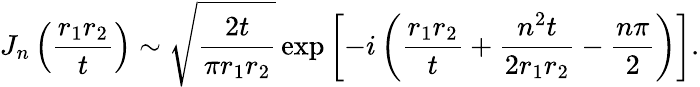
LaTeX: J_{n}\left(\frac{r_{1}r_{2}}{t}\right)\sim\sqrt{\frac{2t}{\pi r_{1}r_{2}}}\exp\left[-i\left(\frac{r_{1}r_{2}}{t}+\frac{n^{2}t}{2r_{1}r_{2}}-\frac{n\pi}{2}\right)\right].